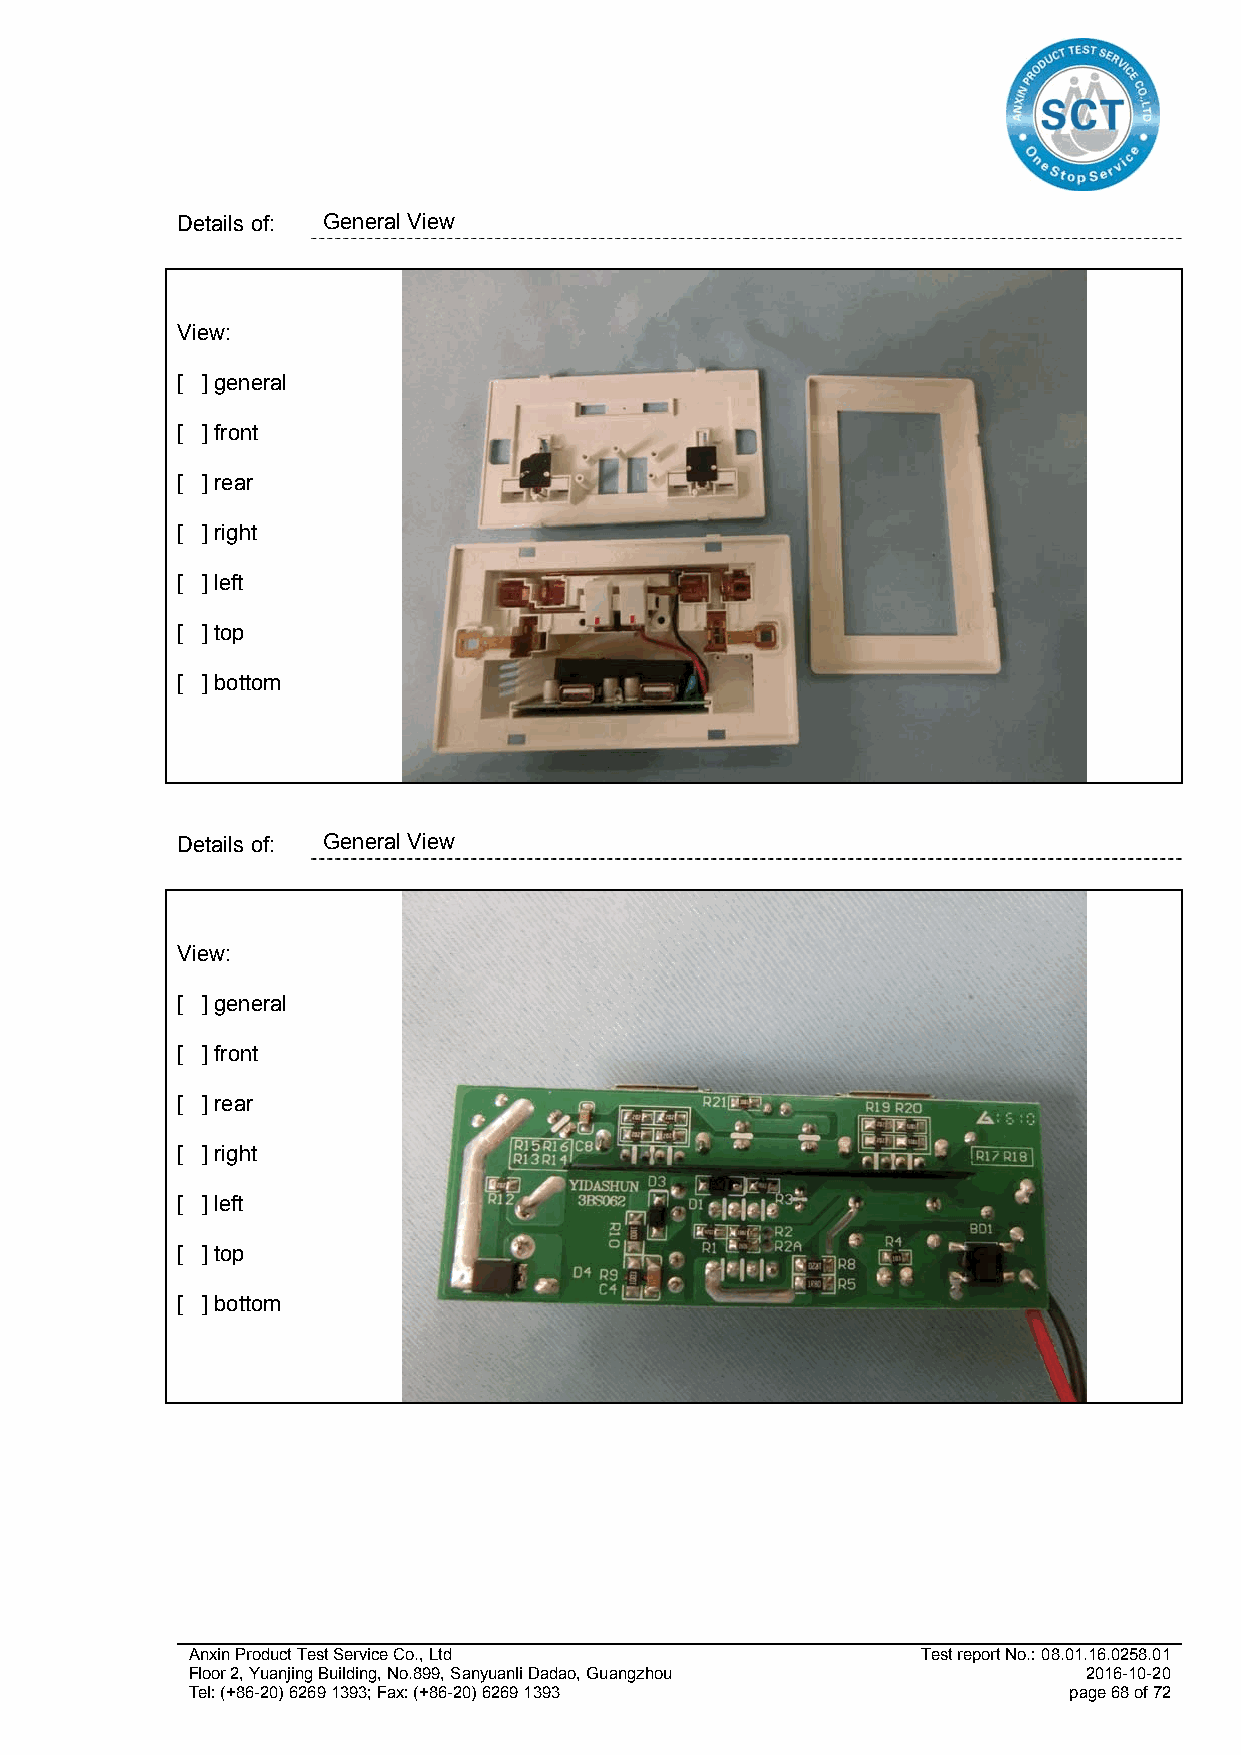
Details of: General View
 View:
 [ ] general
 [ ] front
 [ ] rear
 [ ] right
 [ ] left
 [ ] top
 [ ] bottom
 Details of: General View
 View:
 [ ] general
 [ ] front
 [ ] rear
 [ ] right
 [ ] left
 [ ] top
 [ ] bottom
 Anxin Product Test Service Co., Ltd              Test report No.: 08.01.16.0258.01
 Floor 2, Yuanjing Building, No.899, Sanyuanli Dadao, Guangzhou 2016-10-20
 Tel: (+86-20) 6269 1393; Fax: (+86-20) 6269 1393           page 68 of 72